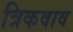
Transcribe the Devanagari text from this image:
त्रिकवाव